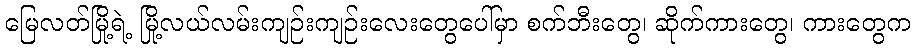
မြေလတ်မြို့ရဲ့ မြို့လယ်လမ်းကျဉ်းကျဉ်းလေးတွေပေါ်မှာ စက်ဘီးတွေ၊ ဆိုက်ကားတွေ၊ ကားတွေက